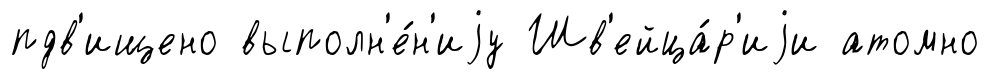
пдв'ищено выполн'е́н'иjу Шв'ейца́р'иjи атомно